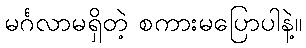
မင်္ဂလာမရှိတဲ့ စကားမပြောပါနဲ့။